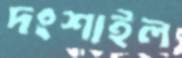
দংশাইল